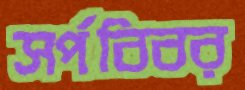
সর্পবিবর